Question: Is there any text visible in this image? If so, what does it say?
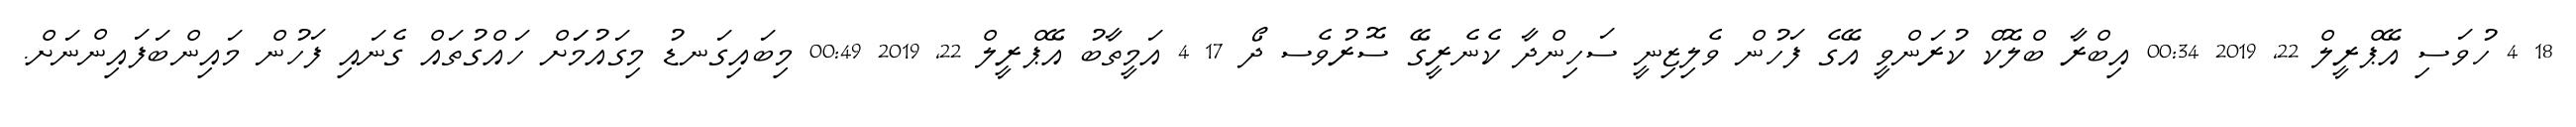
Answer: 18 4 ހުވަސި އޭޕްރީލް 22, 2019 00:34 އިބްރާ ބްލޮކް ކުރަންވީ އޭގެ ފަހުން ވެލިޒިނީ ސަހިންދާ ކެނެރީގޭ ސޮރުވެސ ދޯ 17 4 އަމީތާބު އޭޕްރީލް 22, 2019 00:49 މިބައިގަނޑު މިގައުމަަށް ހައްގުތައް ގެނައި ފަހުން މައިންބަފައިންނަށް.